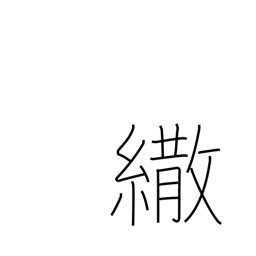
Meaning: parasol